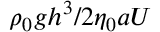
{ \rho _ { 0 } g h ^ { 3 } } / { 2 \eta _ { 0 } a U }